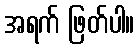
အရက် ဖြတ်ပါ။